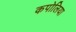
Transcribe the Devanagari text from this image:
कपोलिया